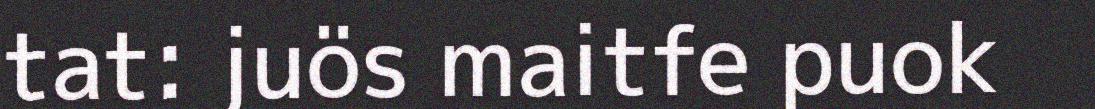
tat: juös maitfe puok